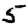
Digit: 5